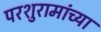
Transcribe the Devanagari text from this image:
परशुरामांच्या